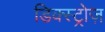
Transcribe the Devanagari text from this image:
डिक्स्ट्रोज़